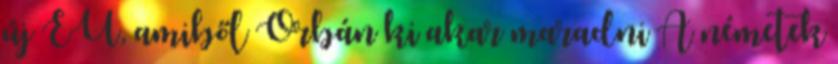
új EU, amiből Orbán ki akar maradni A németek